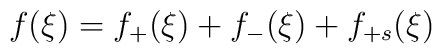
f(\xi) = f_+(\xi) + f_-(\xi) + f_{+s}(\xi)